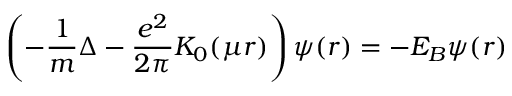
\left( - \frac { 1 } { m } \Delta - \frac { e ^ { 2 } } { 2 \pi } K _ { 0 } ( \mu r ) \right) \psi ( r ) = - E _ { B } \psi ( r )